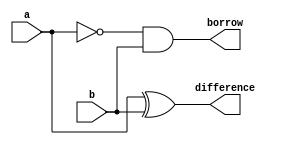
`timescale 1ns / 1ps

module halfsub1(a,b,difference,borrow );
input a,b;    
output  difference,borrow;
  
assign  difference= a ^ b;
assign borrow= (~a) & b;
endmodule